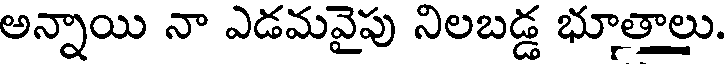
అన్నాయి నా ఎడమవైపు నిలబడ్డ భూత్తాలు.